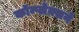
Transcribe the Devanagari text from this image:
कॉम्प्लेक्सने